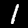
Label: 1